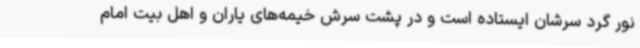
نور گرد سرشان ایستاده است و در پشت سرش خیمه‌های یاران و اهل بیت امام